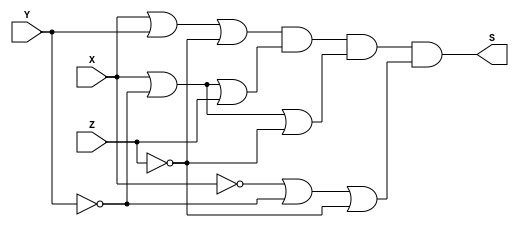
module PoS (output S, input X, Y, Z); // MAXTERMOS
// M 5 6 7
assign S = (X|Y|~Z) & (X|~Y|Z) & (X|~Y|~Z) & (~X|~Y|~Z);
endmodule // PoS

module a4;
reg X, Y, Z;
wire S;
// instancias
PoS POS1(S, X, Y, Z);
// valores iniciais
initial begin: start
X=1'bx; Y=1'bx; Z=1'bx;// indefinidos
end
// parte principal
initial begin: main
// identificacao
$display("Produto da Soma");
// monitoramento
$display(" X  Y  Z = PoS( 1, 2, 3, 7 ) ");
$monitor("%2b %2b %2b =  %2b", X, Y, Z, S);
// sinalizacao
#1 X=0; Y=0; Z =0;
#1 X=0; Y=0; Z =1;
#1 X=0; Y=1; Z =0;
#1 X=0; Y=1; Z =1;
#1 X=1; Y=0; Z =0;
#1 X=1; Y=0; Z =1;
#1 X=1; Y=1; Z =0;
#1 X=1; Y=1; Z =1;
end
endmodule // test_module